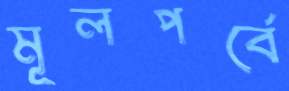
মূলপর্বে